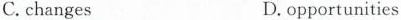
C. changes D. opportunities